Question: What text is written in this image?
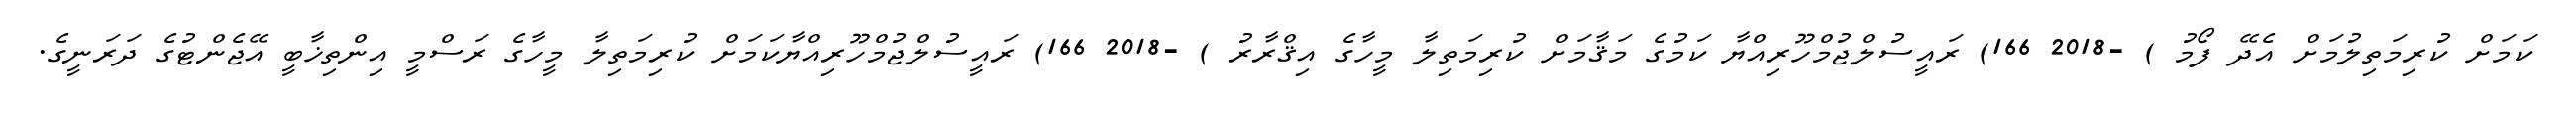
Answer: ކަމަށް ކުރިމަތިލުމަށް އެދޭ ފޯމު ) -2018 166) ރައީސުލްޖުމްހޫރިއްޔާ ކަމުގެ މަޤާމަށް ކުރިމަތިލާ މީހާގެ އިޤްރާރު ) -2018 166) ރައީސުލްޖުމްހޫރިއްޔާކަމަށް ކުރިމަތިލާ މީހާގެ ރަސްމީ އިންތިޚާބީ އޭޖެންޓުގެ ދަރަނީގެ.